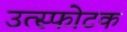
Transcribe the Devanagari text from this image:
उत्स्फोटक